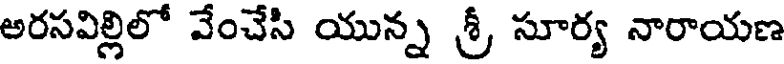
అరసవిల్లిలో వేంచేసి యున్న శ్రీ సూర్య నారాయణ